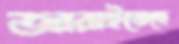
জারাইতেছে